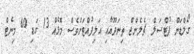
ގޯލްޑަން ފުޓްސަލް ޗެލެންޖް ތިނަދޫއާއި އަލިފުއްޓަށްވެސް މޮޅެއް 13 ގަޑި 60 މިނެޓް